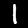
Digit: 1